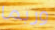
وربما